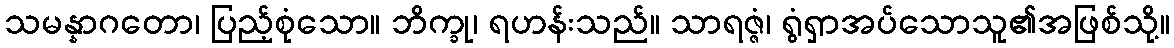
သမန္နာဂတော၊ ပြည့်စုံသော။ ဘိက္ခု၊ ရဟန်းသည်။ သာရဇ္ဇံ၊ ရွံရှာအပ်သောသူ၏အဖြစ်သို့။